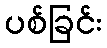
ပစ်ခြင်း